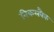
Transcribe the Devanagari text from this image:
निकलबैक